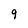
Character: 9